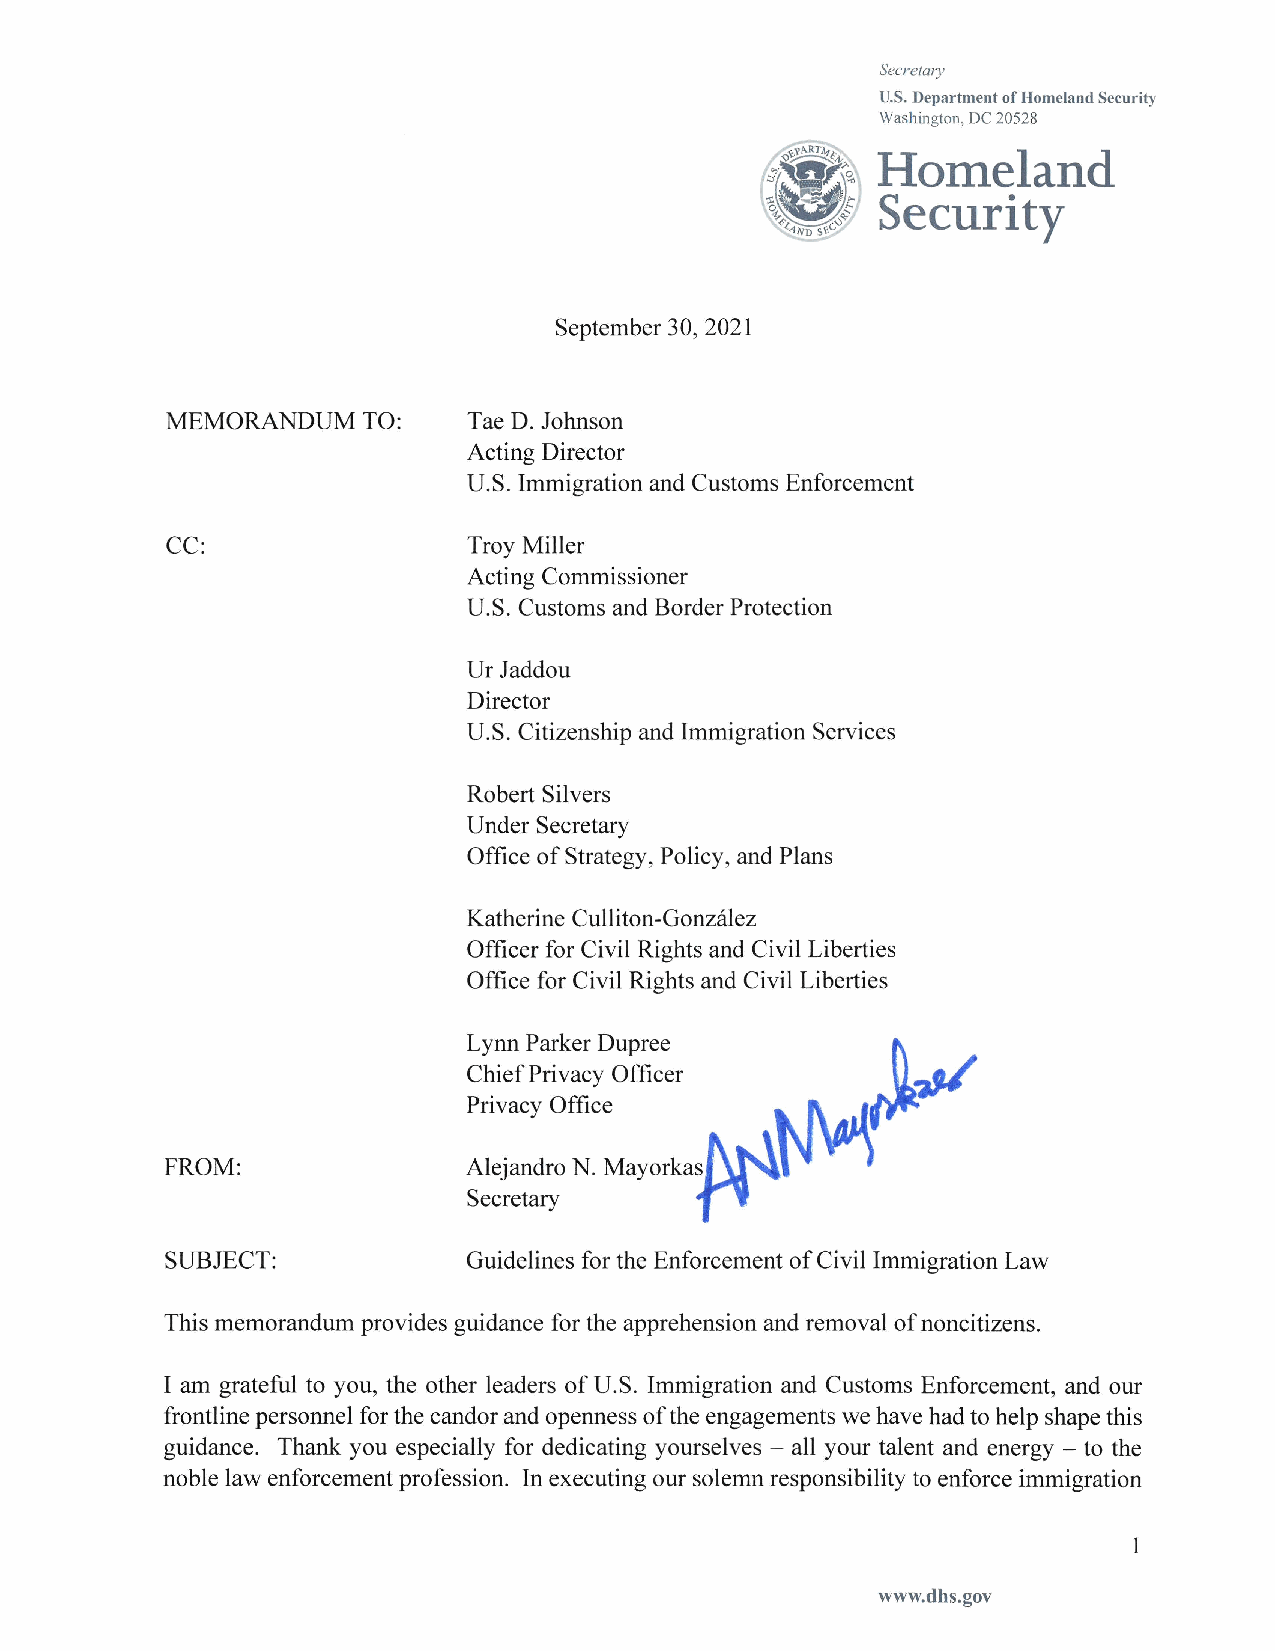
Secretary
 U.S. Department of Homeland Security
 Washington, DC 20528
 September 30, 2021
 MEMORANDUM   TO:    Tae D. Johnson
 Acting Director
 U.S. Immigration and Customs Enforcement
 CC:                 Troy Miller
 Acting Commissioner
 U.S. Customs and Border Protection
 Ur Jaddou
 Director
 U.S. Citizenship and Immigration Services
 Robert Silvers
 Under Secretary
 Office of Strategy, Policy, and Plans
 Katherine Culliton-Gonzalez
 Officer for Civil Rights and Civil Liberties
 Office for Civil Rights and Civil Liberties
 Lynn Parker Dupree         )
 Chief Privacy Officer        , ~
 '-1\JJJ.{I
 Privacy Office
 Mayorkasl\.N\~
 r  )
 FROM:               Alejandro N.   f"
 Secretary           ~
 SUBJECT:            Guidelines for the Enforcement of Civil Immigration Law
 This memorandum provides guidance for the apprehension and removal of noncitizens.
 I am grateful to you, the other leaders of U.S. Immigration and Customs Enforcement, and our
 frontline personnel for the candor and openness of the engagements we have had to help shape this
 guidance. Thank you especially for dedicating yourselves - all your talent and energy - to the
 noble law enforcement profession. In executing our solemn responsibility to enforce immigration
 www.dhs.gov